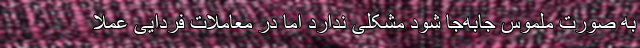
به صورت ملموس جابه‌جا شود مشکلی ندارد اما در معاملات فردایی عملاً